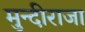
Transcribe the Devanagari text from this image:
मुन्दीराजा